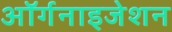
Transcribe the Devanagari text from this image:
अॉर्गनाइजेशन